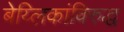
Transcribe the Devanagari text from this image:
बेय्लिकांविरुद्ध